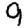
Digit: 9